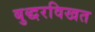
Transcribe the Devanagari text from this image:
बुद्धरविखत